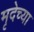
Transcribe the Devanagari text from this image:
मृदेच्या